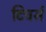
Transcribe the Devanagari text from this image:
टिचर्स